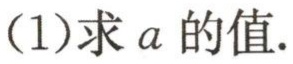
(1)求 \(a\) 的值.